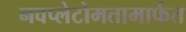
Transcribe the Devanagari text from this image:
नवप्लेटोमतामार्फत